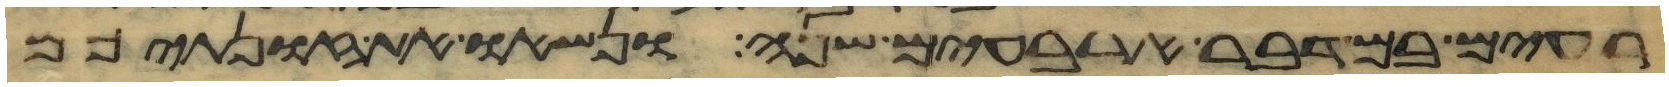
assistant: רעים במדבר ארבעים שנה ונשאו את זונתיכם